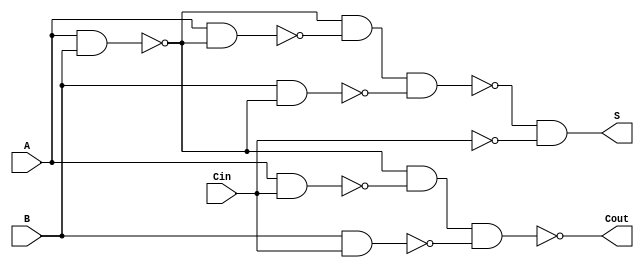
module NegativeCircuitFullAdder (
    input wire A,     // First input bit
    input wire B,     // Second input bit
    input wire Cin,   // Carry-in bit
    output wire S,    // Sum output
    output wire Cout   // Carry-out output
);

// Intermediate signals
wire AB_nand, AC_nand, BC_nand;
wire AB, AC, BC;
wire A_xor_B, A_xor_B_xor_Cin;

// Implementing A XOR B using NAND gates
assign AB_nand = ~(A & B);
assign A_xor_B = ~(AB_nand & ~(A & AB_nand) & ~(B & AB_nand));

// Implementing (A XOR B) XOR Cin
assign A_xor_B_xor_Cin = ~(A_xor_B & ~Cin);

// Implementing carry-out (Cout) using NAND gates
assign AB = ~(A & B);
assign AC = ~(A & Cin);
assign BC = ~(B & Cin);
assign Cout = ~(AB & AC & BC);

// Final outputs
assign S = ~A_xor_B_xor_Cin; // Inverting to get the correct sum output

endmodule